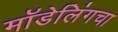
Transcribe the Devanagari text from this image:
मॉडेलिंगचा